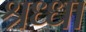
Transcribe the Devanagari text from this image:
श्रध्धा